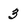
Character: 3